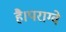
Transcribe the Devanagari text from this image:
है।पराग्वे